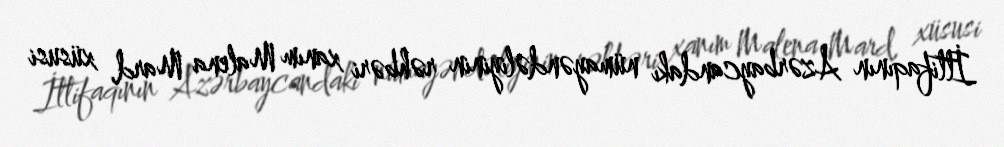
İttifaqının Azərbaycandakı nümayəndəliyinin rəhbəri xanım Malena Mard, xüsusi